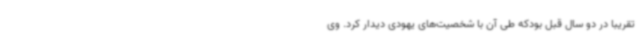
تقریباً در دو سال قبل بودکه طی آن با شخصیت‌های یهودی دیدار کرد. وی